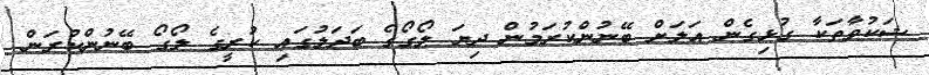
ޝަކުވާތަކާ ގުޅިގެން އަލަށް ބޭނުންކުރަމުން ދިޔަ ލޯގޯގެ ބަދަލުގައި ކުރީގެ ލޯގޯ ބޭނުންކުރަން